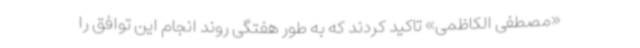
«مصطفی الکاظمی» تاکید کردند که به طور هفتگی روند انجام این توافق را